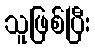
သူဖြစ်ပြီး